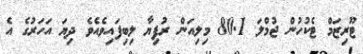
ޓޫރިޒަމް ޓެކުހުން ޖުމްލަ 80.1 މިލިއަން ރުފިޔާ ލިބިފައިވެއެވެ ދިޔަ އަހަރުގެ އެ